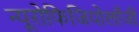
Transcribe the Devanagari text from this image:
न्यूरोफिजियोलॉजी